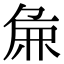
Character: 𫝖